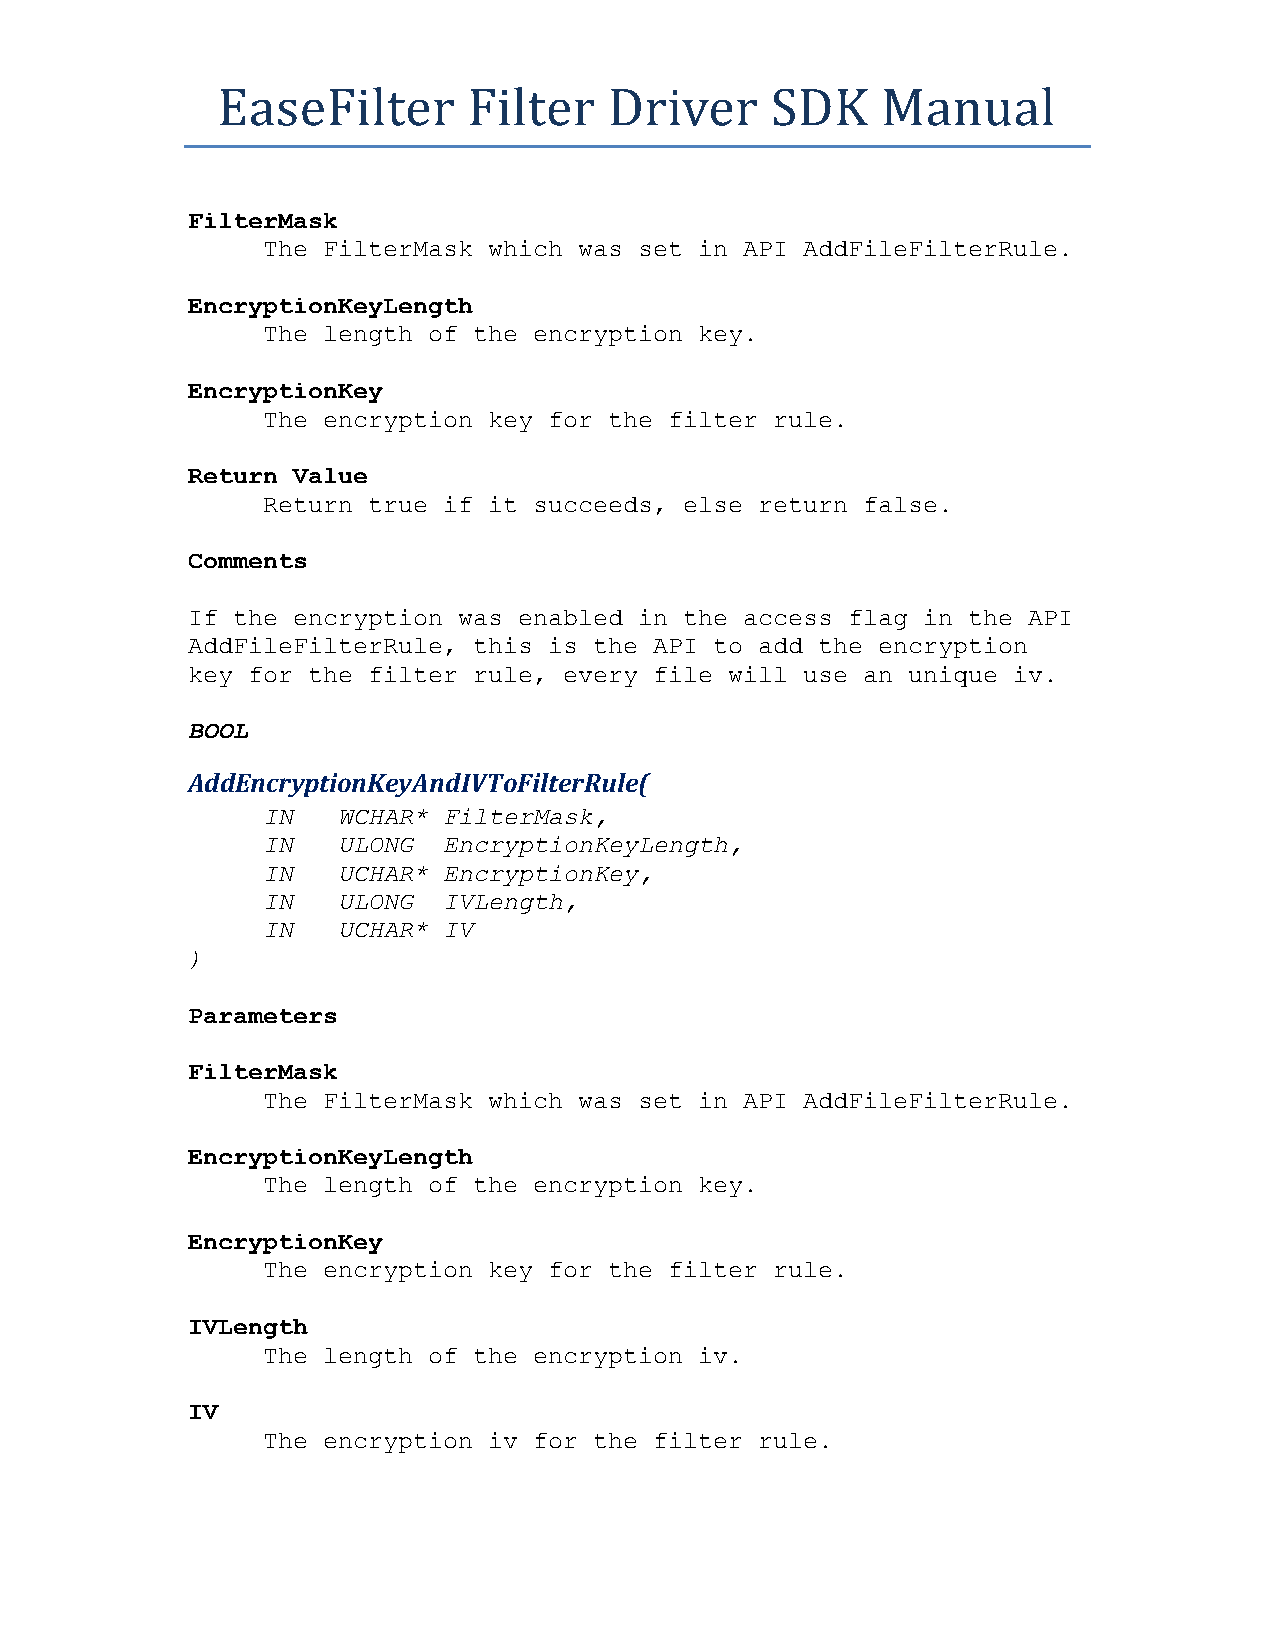
EaseFilter       Filter   Driver     SDK    Manual
 FilterMask
 The FilterMask which was set in API AddFileFilterRule.
 EncryptionKeyLength
 The length of the encryption key.
 EncryptionKey
 The encryption key for the filter rule.
 Return Value
 Return true if it succeeds, else return false.
 Comments
 If the encryption was enabled in the access flag in the API
 AddFileFilterRule, this is the API to add the encryption
 key for the filter rule, every file will use an unique iv.
 BOOL
 AddEncryptionKeyAndIVToFilterRule(
 IN   WCHAR* FilterMask,
 IN   ULONG  EncryptionKeyLength,
 IN   UCHAR* EncryptionKey,
 IN   ULONG  IVLength,
 IN   UCHAR* IV
 )
 Parameters
 FilterMask
 The FilterMask which was set in API AddFileFilterRule.
 EncryptionKeyLength
 The length of the encryption key.
 EncryptionKey
 The encryption key for the filter rule.
 IVLength
 The length of the encryption iv.
 IV
 The encryption iv for the filter rule.